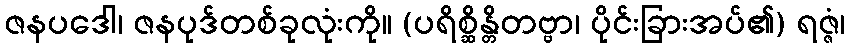
ဇနပဒေါ၊ ဇနပုဒ်တစ်ခုလုံးကို။ (ပရိစ္ဆိန္တိတဗ္ဗာ၊ ပိုင်းခြားအပ်၏) ရဇ္ဇံ၊